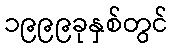
၁၉၉၉ခုနှစ်တွင်